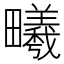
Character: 𪽦